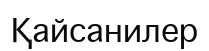
Қайсанилер